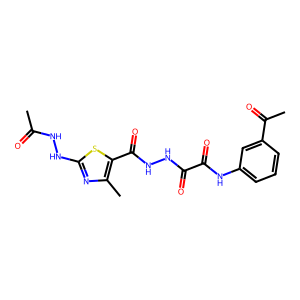
SMILES: CC(=O)NNc1nc(C)c(C(=O)NNC(=O)C(=O)Nc2cccc(C(C)=O)c2)s1
Inhibits HIV replication: No